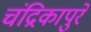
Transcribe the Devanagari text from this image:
चंद्रिकापुरे